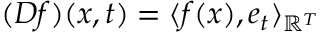
( D f ) ( x , t ) = \langle f ( x ) , e _ { t } \rangle _ { \mathbb { R } ^ { T } }